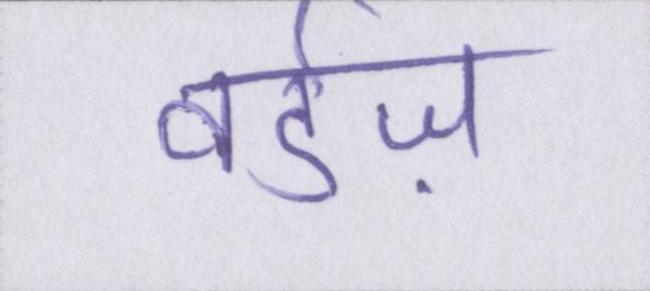
वर्डज़